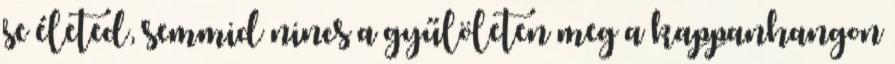
se életed, semmid nincs a gyűlöleten meg a kappanhangon